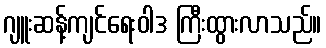
ဂျူးဆန့်ကျင်ရေးဝါဒ ကြီးထွားလာသည်။